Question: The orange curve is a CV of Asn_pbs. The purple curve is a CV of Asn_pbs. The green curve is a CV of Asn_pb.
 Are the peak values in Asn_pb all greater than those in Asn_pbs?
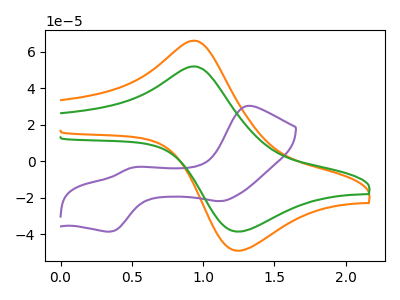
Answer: <think>The orange curve "Asn_pbs" has an anodic peak at (0.95V, 66.00uA) and a cathodic peak at (1.25V, -48.95uA). The purple curve "Asn_pbs" has anodic peaks at (1.30V, 30.30uA) (0.50V, -3.50uA) and cathodic peaks at (1.10V, -21.80uA) (0.35V, -38.45uA). The green curve "Asn_pb" has an anodic peak at (0.95V, 51.90uA) and a cathodic peak at (1.25V, -38.50uA).</think>
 <answer>Every peak in "Asn_pb" is lower than every peak in "Asn_pbs".</answer>
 <eval>lower</eval>